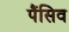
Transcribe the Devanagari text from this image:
पैंसिव